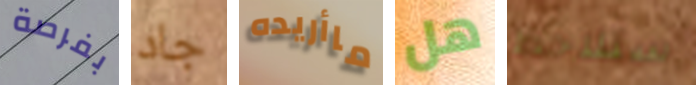
بفرصة جاد ماأريده هل ستلاحظ